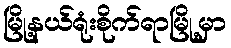
မြို့နယ်ရုံးစိုက်ရာမြို့မှာ